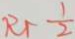
R _ { 1 } = \frac { 1 } { 2 }